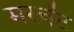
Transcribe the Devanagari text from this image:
मरचेंट